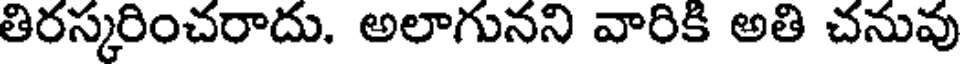
తిరస్కరించరాదు. అలాగునని వారికి అతి చనువు